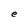
Character: e